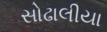
સોઢાલીયા